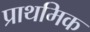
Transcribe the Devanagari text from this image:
प्राथमिक